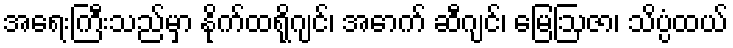
အရေးကြီးသည်မှာ နိုက်ထရိုဂျင်၊ အောက် ဆီဂျင်၊ မြေဩဇာ၊ သိပ္ပံထယ်